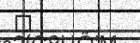
٨